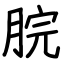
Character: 脘